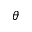
\theta